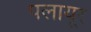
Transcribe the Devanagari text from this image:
पलायूर